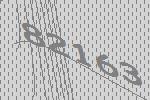
82163